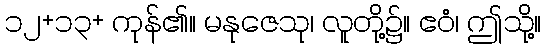
၁၂+၁၃+ ကုန်၏။ မနုဇေသု၊ လူတို့၌။ ဧဝံ၊ ဤသို့။